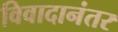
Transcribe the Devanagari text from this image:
विवादानंतर